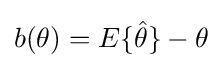
b(\theta )=E\{{\hat {\theta }}\}-\theta